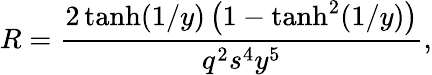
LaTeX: R=\frac{2\operatorname{tanh}(1/y)\left(1-\operatorname{tanh}^{2}(1/y)\right)}{q^{2}s^{4}y^{5}},